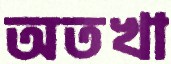
অতখা